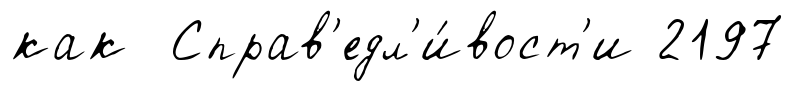
как Справ'едл'и́вост'и 2197